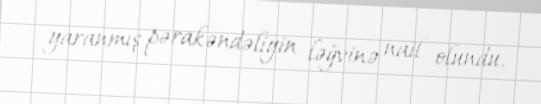
yaranmış pərakəndəliyin ləğvinə nail olundu.